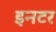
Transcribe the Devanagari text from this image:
इनटर